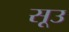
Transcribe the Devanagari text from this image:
सूउ